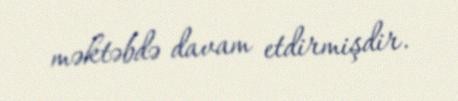
məktəbdə davam etdirmişdir.